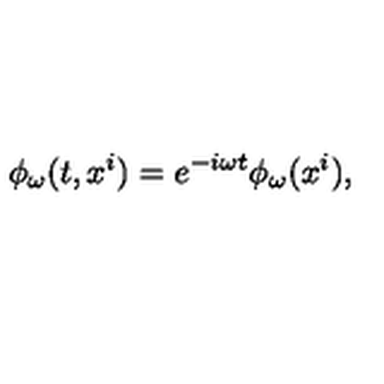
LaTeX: \phi _ { \omega } ( t , x ^ { i } ) = e ^ { - i \omega t } \phi _ { \omega } ( x ^ { i } ) ,